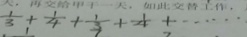
\frac { 1 } { 3 } + \frac { 1 } { 4 } + \frac { 1 } { 3 } + \frac { 1 } { 4 } + \cdots